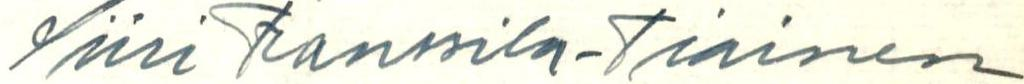
Siiri Franssila-Tiainen